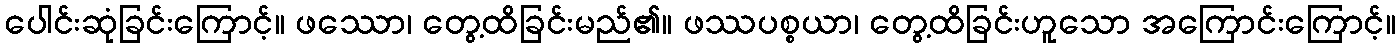
ပေါင်းဆုံခြင်းကြောင့်။ ဖဿော၊ တွေ့ထိခြင်းမည်၏။ ဖဿပစ္စယာ၊ တွေ့ထိခြင်းဟူသော အကြောင်းကြောင့်။